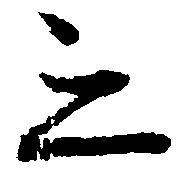
之